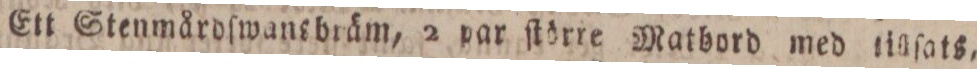
Ett Stenmårdſwansbräm, 2 par ſtörre Matbord med tillſats,